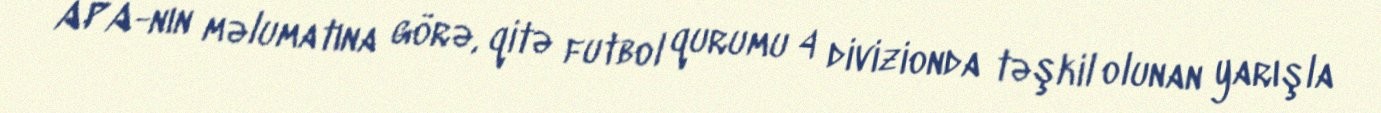
APA-nın məlumatına görə, qitə futbol qurumu 4 divizionda təşkil olunan yarışla